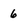
Character: 6